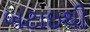
બટાઇથી